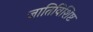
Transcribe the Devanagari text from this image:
जातिविशिष्ट